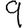
Digit: 9